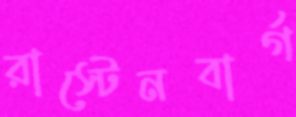
রাস্টেনবার্গ